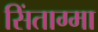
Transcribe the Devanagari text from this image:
सिंताग्मा